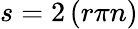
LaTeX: s=2\left(r\pi n\right)